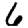
Digit: 6